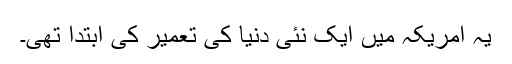
یہ امریکہ میں ایک نئی دنیا کی تعمیر کی ابتدا تھی۔